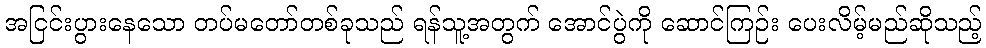
အငြင်းပွားနေသော တပ်မတော်တစ်ခုသည် ရန်သူ့အတွက် အောင်ပွဲကို ဆောင်ကြဉ်း ပေးလိမ့်မည်ဆိုသည့်